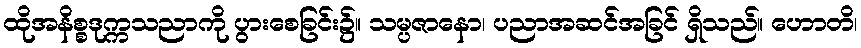
ထိုအနိစ္စဒုက္ကသညာကို ပွားစေခြင်း၌။ သမ္ပဇာနော၊ ပညာအဆင်အခြင် ရှိသည်။ ဟောတိ၊